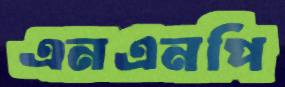
এনএনপি